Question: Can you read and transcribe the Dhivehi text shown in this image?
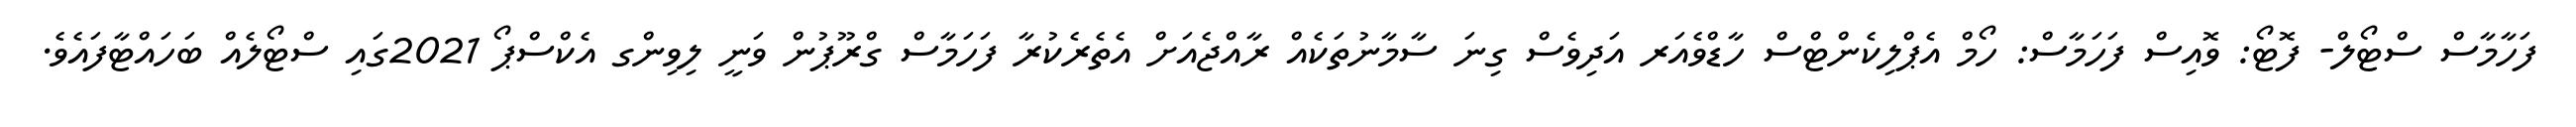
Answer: ފަހާމާސް ސްޓޯލް- ފޮޓޯ: ވޮއިސް ފަހަމާސް: ހޯމް އެޕްލިކެންޓްސް ހާޑްވެއަރ އަދިވެސް ގިނަ ސާމާނުތަކެއް ރާއްޖެއަށް އެތެރެކުރާ ފަހަމާސް ގްރޫޕުން ވަނީ ލިވިންގ އެކްސްޕޯ 2021ގައި ސްޓޯލެއް ބަހައްޓާފައެވެ.